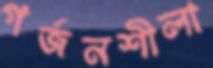
গর্জনশীলা